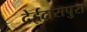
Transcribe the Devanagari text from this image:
देईदासपुरा